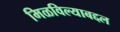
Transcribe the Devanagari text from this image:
मिळविल्याबद्दल